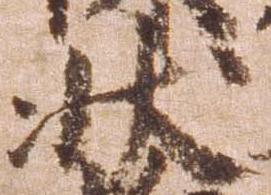
状